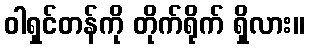
ဝါရှင်တန်ကို တိုက်ရိုက် ရှိလား။